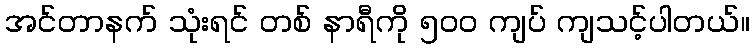
အင်တာနက် သုံးရင် တစ် နာရီကို ၅၀၀ ကျပ် ကျသင့်ပါတယ်။